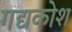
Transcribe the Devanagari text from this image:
गद्यकोश